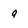
Character: 9